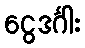
ငွေဒင်္ဂါး